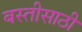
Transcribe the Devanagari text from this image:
बस्तीसाठी